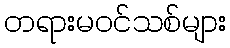
တရားမဝင်သစ်များ